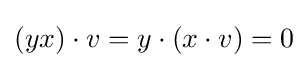
(yx)\cdot v=y\cdot (x\cdot v)=0